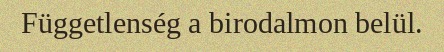
Függetlenség a birodalmon belül.